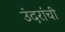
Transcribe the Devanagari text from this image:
उंदरांची